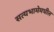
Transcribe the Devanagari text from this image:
सत्यभामेमधील